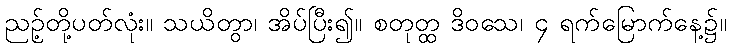
ညဉ့်တို့ပတ်လုံး။ သယိတွာ၊ အိပ်ပြီး၍။ စတုတ္ထ ဒိဝသေ၊ ၄ ရက်မြောက်နေ့၌။